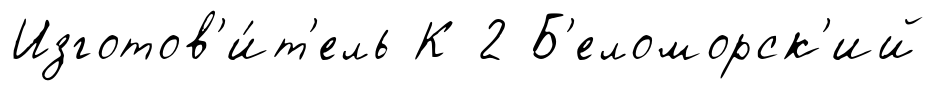
Изготов'и́т'ель К 2 Б'еломорск'ий